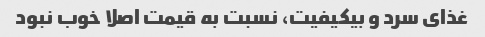
غذای سرد و بیکیفیت، نسبت به قیمت اصلا خوب نبود